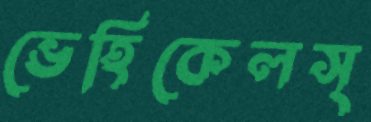
ভেহিকেলস্